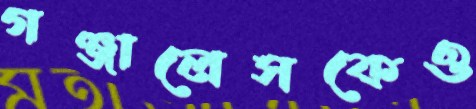
গঞ্জালেসকেও